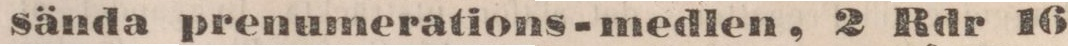
sända prenumerations-medlen, 2 Rdr 16